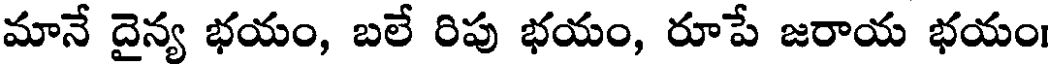
మానే దైన్య భయం, బలే రిపు భయం, రూపే జరాయ భయం